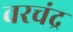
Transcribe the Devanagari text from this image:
वरचंद्र